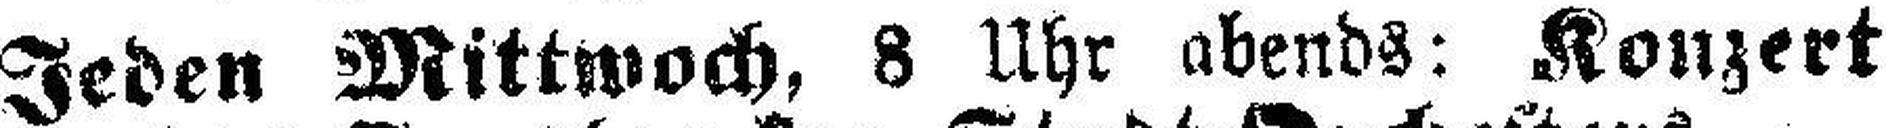
Jeden Mittwoch, 8 Uhr abends: Konzert